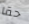
حقا